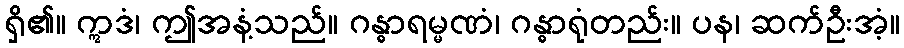
ရှိ၏။ ဣဒံ၊ ဤအနံ့သည်။ ဂန္ဓာရမ္မဏံ၊ ဂန္ဓာရုံတည်း။ ပန၊ ဆက်ဦးအံ့။